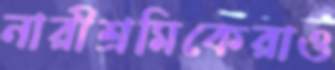
নারীশ্রমিকেরাও